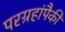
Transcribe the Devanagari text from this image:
परग्रहांपैकी